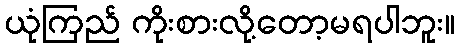
ယုံကြည် ကိုးစားလို့တော့မရပါဘူး။